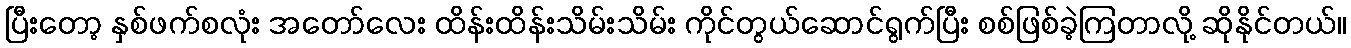
ပြီးတော့ နှစ်ဖက်စလုံး အတော်လေး ထိန်းထိန်းသိမ်းသိမ်း ကိုင်တွယ်ဆောင်ရွက်ပြီး စစ်ဖြစ်ခဲ့ကြတာလို့ ဆိုနိုင်တယ်။